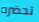
تحضره